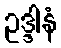
ဥဒ္ဒါနံ